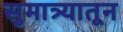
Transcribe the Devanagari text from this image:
सुमात्र्यातून